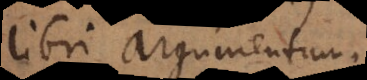
libri argumentum.